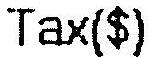
TAX($)